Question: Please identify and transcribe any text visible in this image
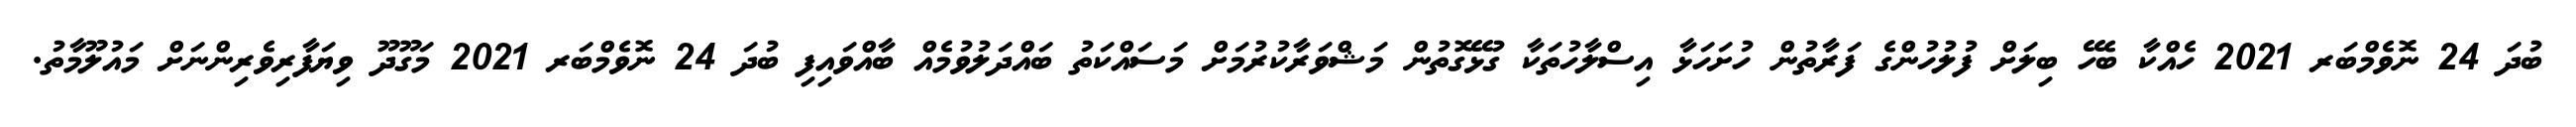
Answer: ބުދަ 24 ނޮވެމްބަރ 2021 ހެއްކާ ބެހޭ ބިލަށް ފުލުހުންގެ ފަރާތުން ހުށަހަޅާ އިސްލާހުތަކާ ގުޅޭގޮތުން މަޝްވަރާކުރުމަށް މަސައްކަތު ބައްދަލުވުމެއް ބާއްވައިފި ބުދަ 24 ނޮވެމްބަރ 2021 މަގޫދޫ ވިޔަފާރިވެރިންނަށް މައުލޫމާތު.